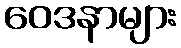
ဝေဒနာများ